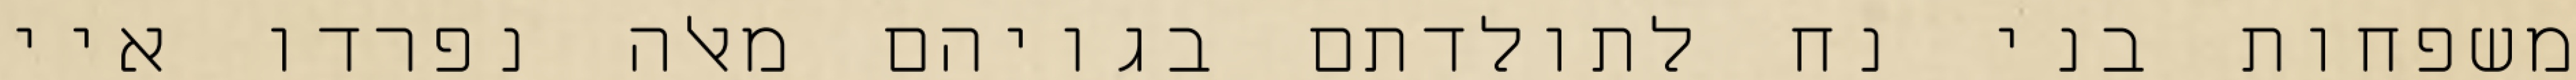
משפחות בני נח לתולדתם בגויהם מאלה נפרדו איי